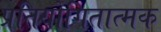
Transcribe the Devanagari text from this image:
प्रतियोगितात्मक